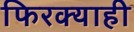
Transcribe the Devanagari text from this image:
फिरक्याही